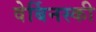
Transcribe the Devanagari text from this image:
वेर्बिनस्की